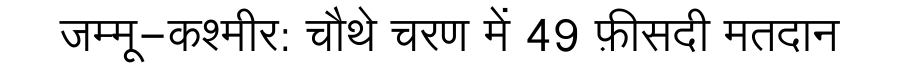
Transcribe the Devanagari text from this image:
जम्मू-कश्मीर: चौथे चरण में 49 फ़ीसदी मतदान